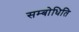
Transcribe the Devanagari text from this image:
सम्बोधिति